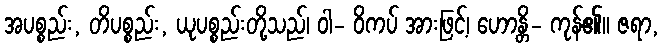
အပစ္စည်း, တိပစ္စည်း, ယုပစ္စည်းတို့သည်၊ ဝါ- ဝိကပ် အားဖြင့်၊ ဟောန္တိ- ကုန်၏။ ဇရာ,